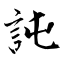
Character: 訰